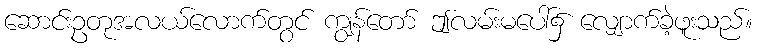
ဆောင်းဥတုအလယ်လောက်တွင် ကျွန်တော် ဤလမ်းမပေါ်၌ လျှောက်ခဲ့ဖူးသည်။